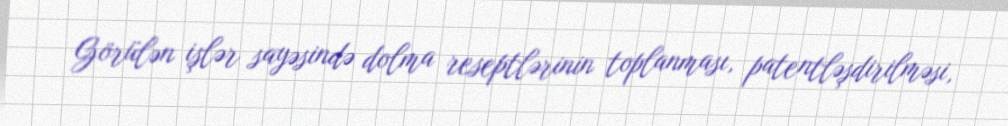
Görülən işlər sayəsində dolma reseptlərinin toplanması, patentləşdirilməsi,